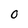
Character: O